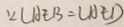
\because \angle A E B = \angle A E D